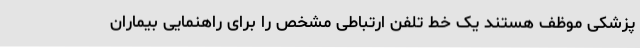
پزشکی موظف هستند یک خط تلفن ارتباطی مشخص را برای راهنمایی بیماران